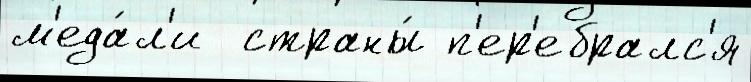
м'еда́л'и  страны́ п'ер'ебралс'я